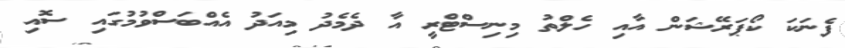
ފެނަކަ ކޯޕަރޭޝަން އާއި ހެލްތު މިނިސްޓްރީ އާ ދެމެދު މިއަދު އެއްބަސްވުމުގައި ސޮއި